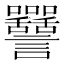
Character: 𧮥